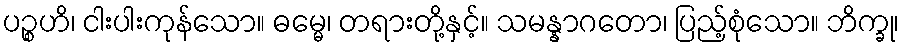
ပဉ္စဟိ၊ ငါးပါးကုန်သော။ ဓမ္မေ၊ တရားတို့နှင့်။ သမန္နာဂတော၊ ပြည့်စုံသော။ ဘိက္ခု၊